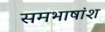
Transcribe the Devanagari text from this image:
समभाषांश